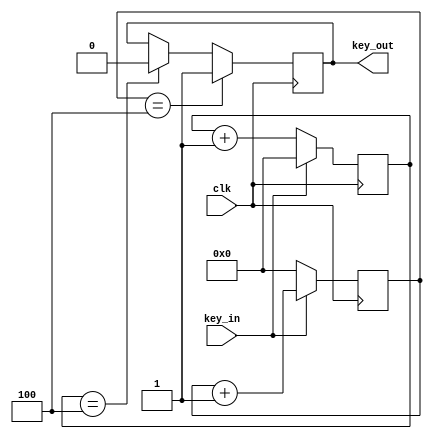
module key_shake(clk,key_in,key_out);
parameter SAMPLE_TIME = 4;
input clk;
input key_in;
output key_out;


reg [21:0] count_low;
reg [21:0] count_high;


reg key_out_reg;


always @(posedge clk)
 if(key_in ==1'b0)
  count_low <= count_low + 1;
 else
  count_low <= 0;


always @(posedge clk)
 if(key_in ==1'b1)
  count_high <= count_high + 1;
 else
  count_high <= 0;
  
always @(posedge clk)
 if(count_high == SAMPLE_TIME)
  key_out_reg <= 1;
 else if(count_low == SAMPLE_TIME)
  key_out_reg <= 0;


assign key_out = key_out_reg;
endmodule